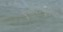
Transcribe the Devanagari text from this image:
ऐसीटोब्युटिरेट